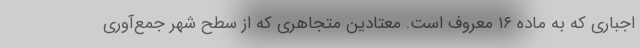
اجباری که به ماده ۱۶ معروف است. معتادین متجاهری که از سطح شهر جمع‌آوری